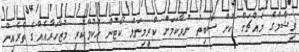
ވިޝާމްގެ މައްޗަށް ކުށް ސާބިތު ނުވާކަމަށް ކްރިމިނަލް ކޯޓުން ހުކުމްކުރީ މުޒާހަރާއެއްގެ ތެރެއިން